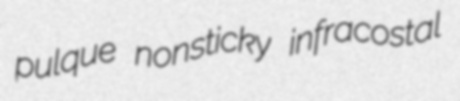
pulque nonsticky infracostal